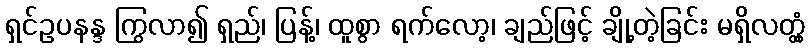
ရှင်ဥပနန္ဒ ကြွလာ၍ ရှည်၊ ပြန့်၊ ထူစွာ ရက်လော့၊ ချည်ဖြင့် ချို့တဲ့ခြင်း မရှိလတ္တံ့